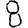
Digit: 8